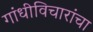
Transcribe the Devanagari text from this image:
गांधीविचारांचा